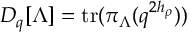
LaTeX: D _ { q } [ \Lambda ] = \mathrm { t r } ( \pi _ { \Lambda } ( q ^ { 2 h _ { \rho } } ) )